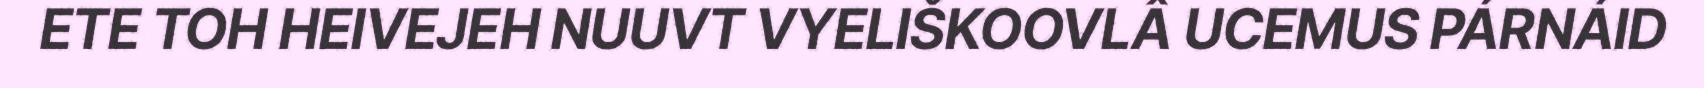
ETE TOH HEIVEJEH NUUVT VYELIŠKOOVLÂ UCEMUS PÁRNÁID